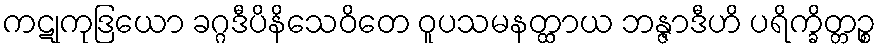
ကဋုကုဒြယော ခဂ္ဂဒီပိနိသေဝိတေ ဝူပသမနတ္ထာယ ဘန္ဇာဒီဟိ ပရိက္ခိတ္တဉ္စ